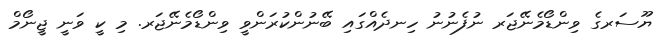
ޔޫސަރގެ ވިންޑޯމެނޭޖަރ ނުފެނުނު ހިނދެއްގައި ބޭނުންކުރަންވީ ވިންޑޯމެނޭޖަރ. މި ކީ ވަނީ ޖީނޯމް